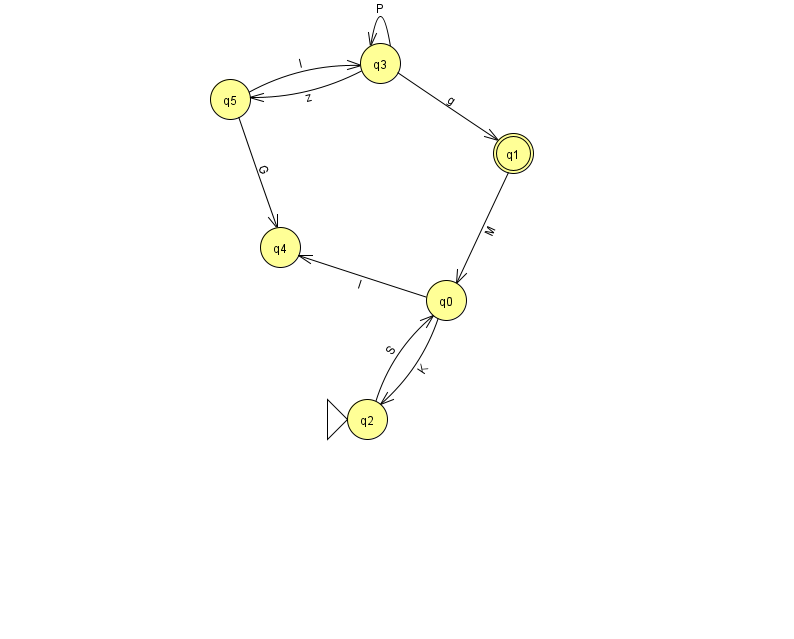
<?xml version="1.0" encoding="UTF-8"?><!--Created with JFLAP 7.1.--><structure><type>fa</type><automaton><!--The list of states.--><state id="0" name="q0"><x>446.0</x><y>287.0</y></state><state id="1" name="q1"><x>513.0</x><y>140.0</y><final/></state><state id="2" name="q2"><x>367.0</x><y>406.0</y><initial/></state><state id="3" name="q3"><x>380.0</x><y>50.0</y></state><state id="4" name="q4"><x>280.0</x><y>234.0</y></state><state id="5" name="q5"><x>230.0</x><y>86.0</y></state><!--The list of transitions.--><transition><from>3</from><to>1</to><read>g</read></transition><transition><from>3</from><to>3</to><read>P</read></transition><transition><from>3</from><to>5</to><read>z</read></transition><transition><from>5</from><to>3</to><read>I</read></transition><transition><from>2</from><to>0</to><read>S</read></transition><transition><from>5</from><to>4</to><read>G</read></transition><transition><from>0</from><to>4</to><read>l</read></transition><transition><from>1</from><to>0</to><read>M</read></transition><transition><from>0</from><to>2</to><read>K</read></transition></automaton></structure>